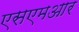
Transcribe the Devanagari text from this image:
एसएमआर